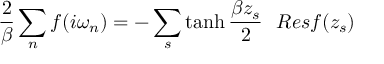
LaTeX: { \frac { 2 } { \beta } } \sum _ { n } f ( i \omega _ { n } ) = - \sum _ { s } \operatorname { t a n h } { \frac { \beta z _ { s } } { 2 } } ~ ~ R e s f ( z _ { s } )